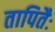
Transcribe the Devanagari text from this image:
तापितैः